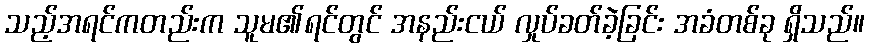
သည့်အရင်ကတည်းက သူမ၏ရင်တွင် အနည်းငယ် လှုပ်ခတ်ခဲ့ခြင်း အခံတစ်ခု ရှိသည်။